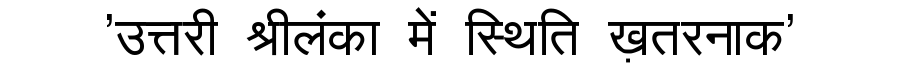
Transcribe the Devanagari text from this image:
'उत्तरी श्रीलंका में स्थिति ख़तरनाक'